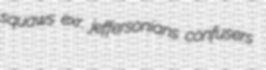
squaws exr. jeffersonians confusers